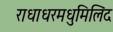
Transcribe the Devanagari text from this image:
राधाधरमधुमिलिंद